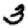
Digit: 3